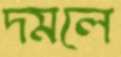
দমলে